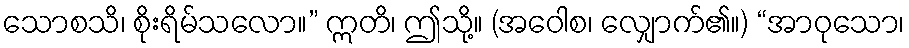
သောစသိ၊ စိုးရိမ်သလော။” ဣတိ၊ ဤသို့။ (အဝေါစ၊ လျှောက်၏။) “အာဝုသော၊